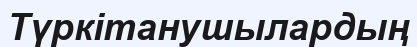
Түркітанушылардың